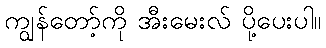
ကျွန်တော့်ကို အီးမေးလ် ပို့ပေးပါ။